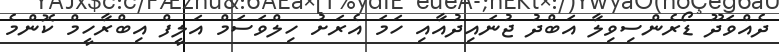
ދެއްވަދޫ ޑޯރެންސިވިލާ އަބްދު ޖުނައިދުއާއި ހަމަ އެރަށު ހިލްވަސަމް އަލީފް އިބްރާހީމް ކޮންމެ